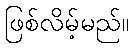
ဖြစ်လိမ့်မည်။